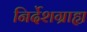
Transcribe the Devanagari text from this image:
निर्देशग्राह्य